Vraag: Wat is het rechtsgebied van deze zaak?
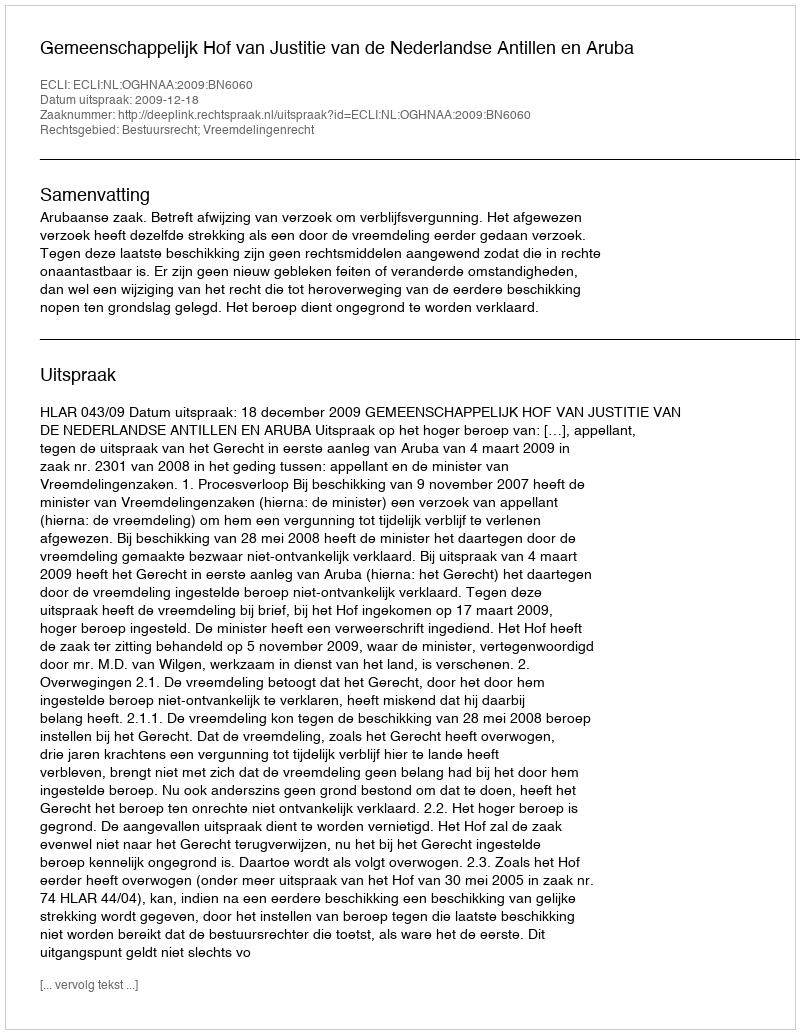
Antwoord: Bestuursrecht; Vreemdelingenrecht